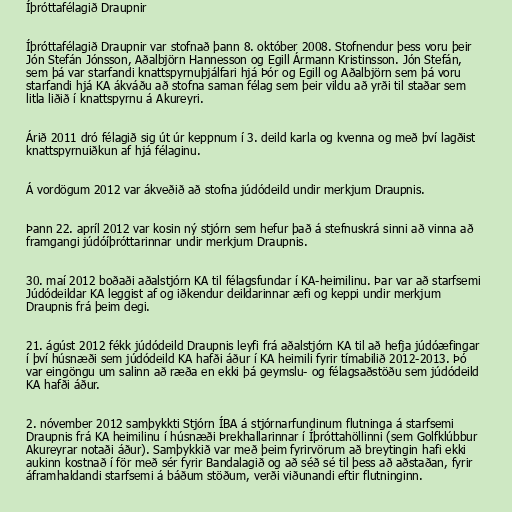
Íþróttafélagið Draupnir

Íþróttafélagið Draupnir var stofnað þann 8. október 2008. Stofnendur þess voru þeir
Jón Stefán Jónsson, Aðalbjörn Hannesson og Egill Ármann Kristinsson. Jón Stefán,
sem þá var starfandi knattspyrnuþjálfari hjá Þór og Egill og Aðalbjörn sem þá voru
starfandi hjá KA ákváðu að stofna saman félag sem þeir vildu að yrði til staðar sem
litla liðið í knattspyrnu á Akureyri.

Árið 2011 dró félagið sig út úr keppnum í 3. deild karla og kvenna og með því lagðist
knattspyrnuiðkun af hjá félaginu.

Á vordögum 2012 var ákveðið að stofna júdódeild undir merkjum Draupnis.

Þann 22. apríl 2012 var kosin ný stjórn sem hefur það á stefnuskrá sinni að vinna að
framgangi júdóíþróttarinnar undir merkjum Draupnis.

30. maí 2012 boðaði aðalstjórn KA til félagsfundar í KA-heimilinu. Þar var að starfsemi
Júdódeildar KA leggist af og iðkendur deildarinnar æfi og keppi undir merkjum
Draupnis frá þeim degi.

21. ágúst 2012 fékk júdódeild Draupnis leyfi frá aðalstjórn KA til að hefja júdóæfingar
í því húsnæði sem júdódeild KA hafði áður í KA heimili fyrir tímabilið 2012-2013. Þó
var eingöngu um salinn að ræða en ekki þá geymslu- og félagsaðstöðu sem júdódeild
KA hafði áður.

2. nóvember 2012 samþykkti Stjórn ÍBA á stjórnarfundinum flutninga á starfsemi
Draupnis frá KA heimilinu í húsnæði Þrekhallarinnar í Íþróttahöllinni (sem Golfklúbbur
Akureyrar notaði áður). Samþykkið var með þeim fyrirvörum að breytingin hafi ekki
aukinn kostnað í för með sér fyrir Bandalagið og að séð sé til þess að aðstaðan, fyrir
áframhaldandi starfsemi á báðum stöðum, verði viðunandi eftir flutninginn.